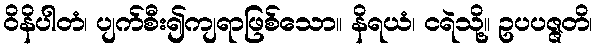
ဝိနိပါတံ၊ ပျက်စီး၍ကျရာဖြစ်သော။ နိရယံ၊ ငရဲသို့။ ဥပပဇ္ဇတိ၊